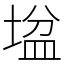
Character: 𡎛